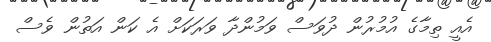
އެއީ ތިމާގެ އުމުރުން ދުވަސް ވަމުންދާ ވަރަކަށް އެ ކަން އަތުން ވެސް